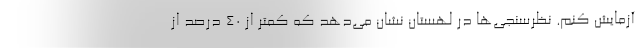
آزمایش کنم. نظرسنجی‌ها در لهستان نشان می‌دهد که کمتر از 40 درصد از